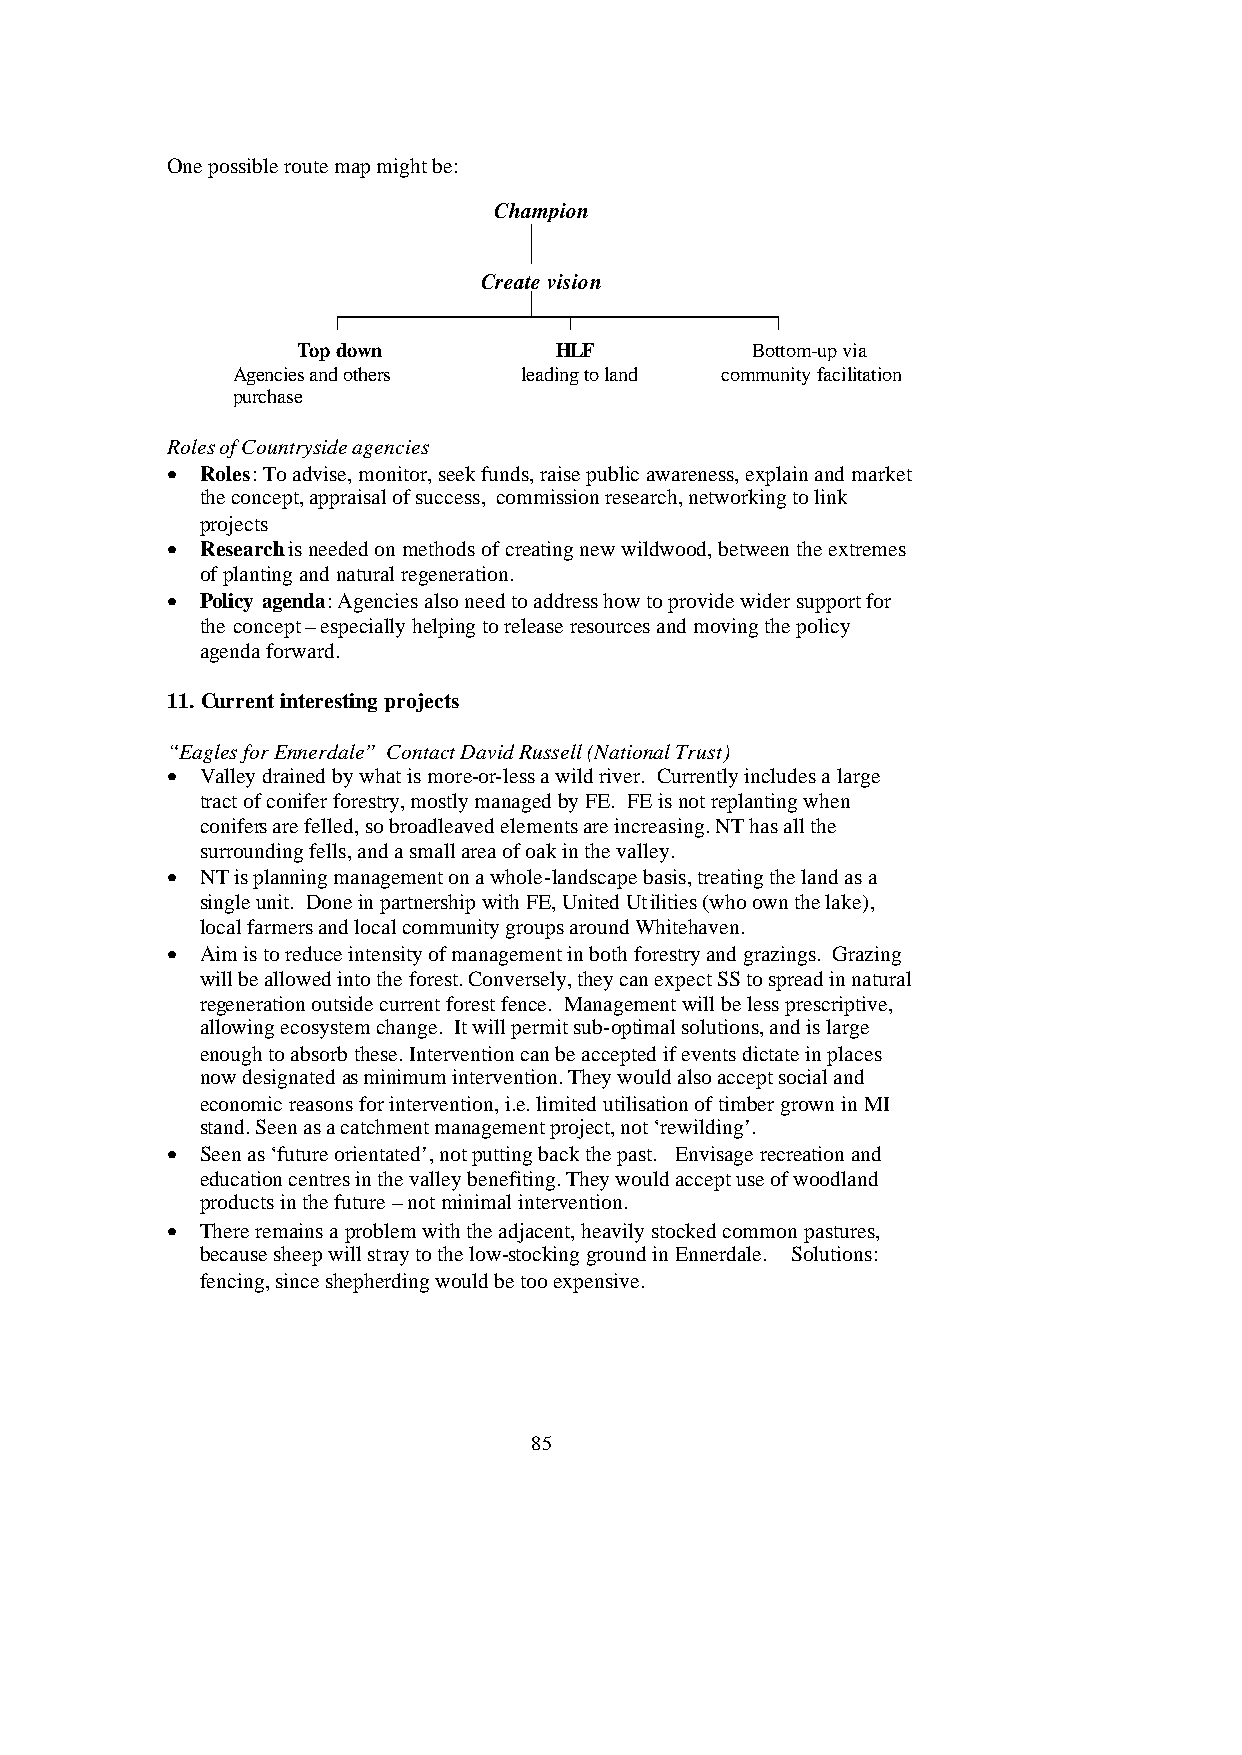
One possible route map might be:
 Champion
 Create vision
 Top down         HLF          Bottom-up via
 Agencies and others leading to land community facilitation
 purchase
 Roles of Countryside agencies
 • Roles: To advise, monitor, seek funds, raise public awareness, explain and market
 the concept, appraisal of success, commission research, networking to link
 projects
 • Research is needed on methods of creating new wildwood, between the extremes
 of planting and natural regeneration.
 • Policy agenda: Agencies also need to address how to provide wider support for
 the concept – especially helping to release resources and moving the policy
 agenda forward.
 11. Current interesting projects
 “Eagles for Ennerdale” Contact David Russell (National Trust)
 • Valley drained by what is more-or-less a wild river. Currently includes a large
 tract of conifer forestry, mostly managed by FE. FE is not replanting when
 conifers are felled, so broadleaved elements are increasing. NT has all the
 surrounding fells, and a small area of oak in the valley.
 • NT is planning management on a whole-landscape basis, treating the land as a
 single unit. Done in partnership with FE, United Utilities (who own the lake),
 local farmers and local community groups around Whitehaven.
 • Aim is to reduce intensity of management in both forestry and grazings. Grazing
 will be allowed into the forest. Conversely, they can expect SS to spread in natural
 regeneration outside current forest fence. Management will be less prescriptive,
 allowing ecosystem change. It will permit sub-optimal solutions, and is large
 enough to absorb these. Intervention can be accepted if events dictate in places
 now designated as minimum intervention. They would also accept social and
 economic reasons for intervention, i.e. limited utilisation of timber grown in MI
 stand. Seen as a catchment management project, not ‘rewilding’.
 • Seen as ‘future orientated’, not putting back the past. Envisage recreation and
 education centres in the valley benefiting. They would accept use of woodland
 products in the future – not minimal intervention.
 • There remains a problem with the adjacent, heavily stocked common pastures,
 because sheep will stray to the low-stocking ground in Ennerdale. Solutions:
 fencing, since shepherding would be too expensive.
 85